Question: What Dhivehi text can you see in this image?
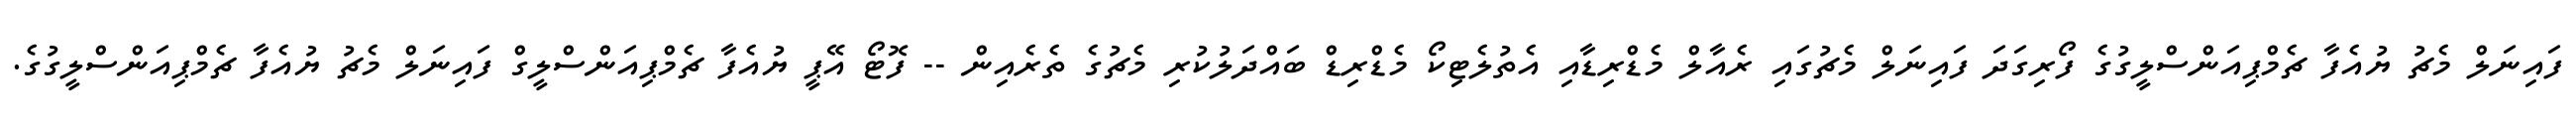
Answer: ފައިނަލް މެޗު ޔުއެފާ ޗެމްޕިއަންސްލީގުގެ ފޯރިގަދަ ފައިނަލް މެޗުގައި ރެއާލް މެޑްރިޑާއި އެތުލެޓިކޯ މެޑްރިޑް ބައްދަލުކުރި މެޗުގެ ތެރެއިން -- ފޮޓޯ އޭޕީ ޔުއެފާ ޗެމްޕިއަންސްލީގް ފައިނަލް މެޗު ޔުއެފާ ޗެމްޕިއަންސްލީގުގެ.